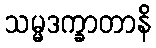
သမ္မဒက္ခာတာနိ